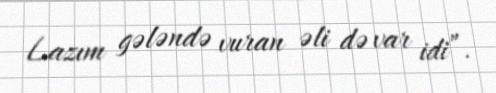
Lazım gələndə vuran əli də var idi”.